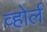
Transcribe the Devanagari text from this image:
व्होर्ल